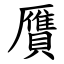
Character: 贋